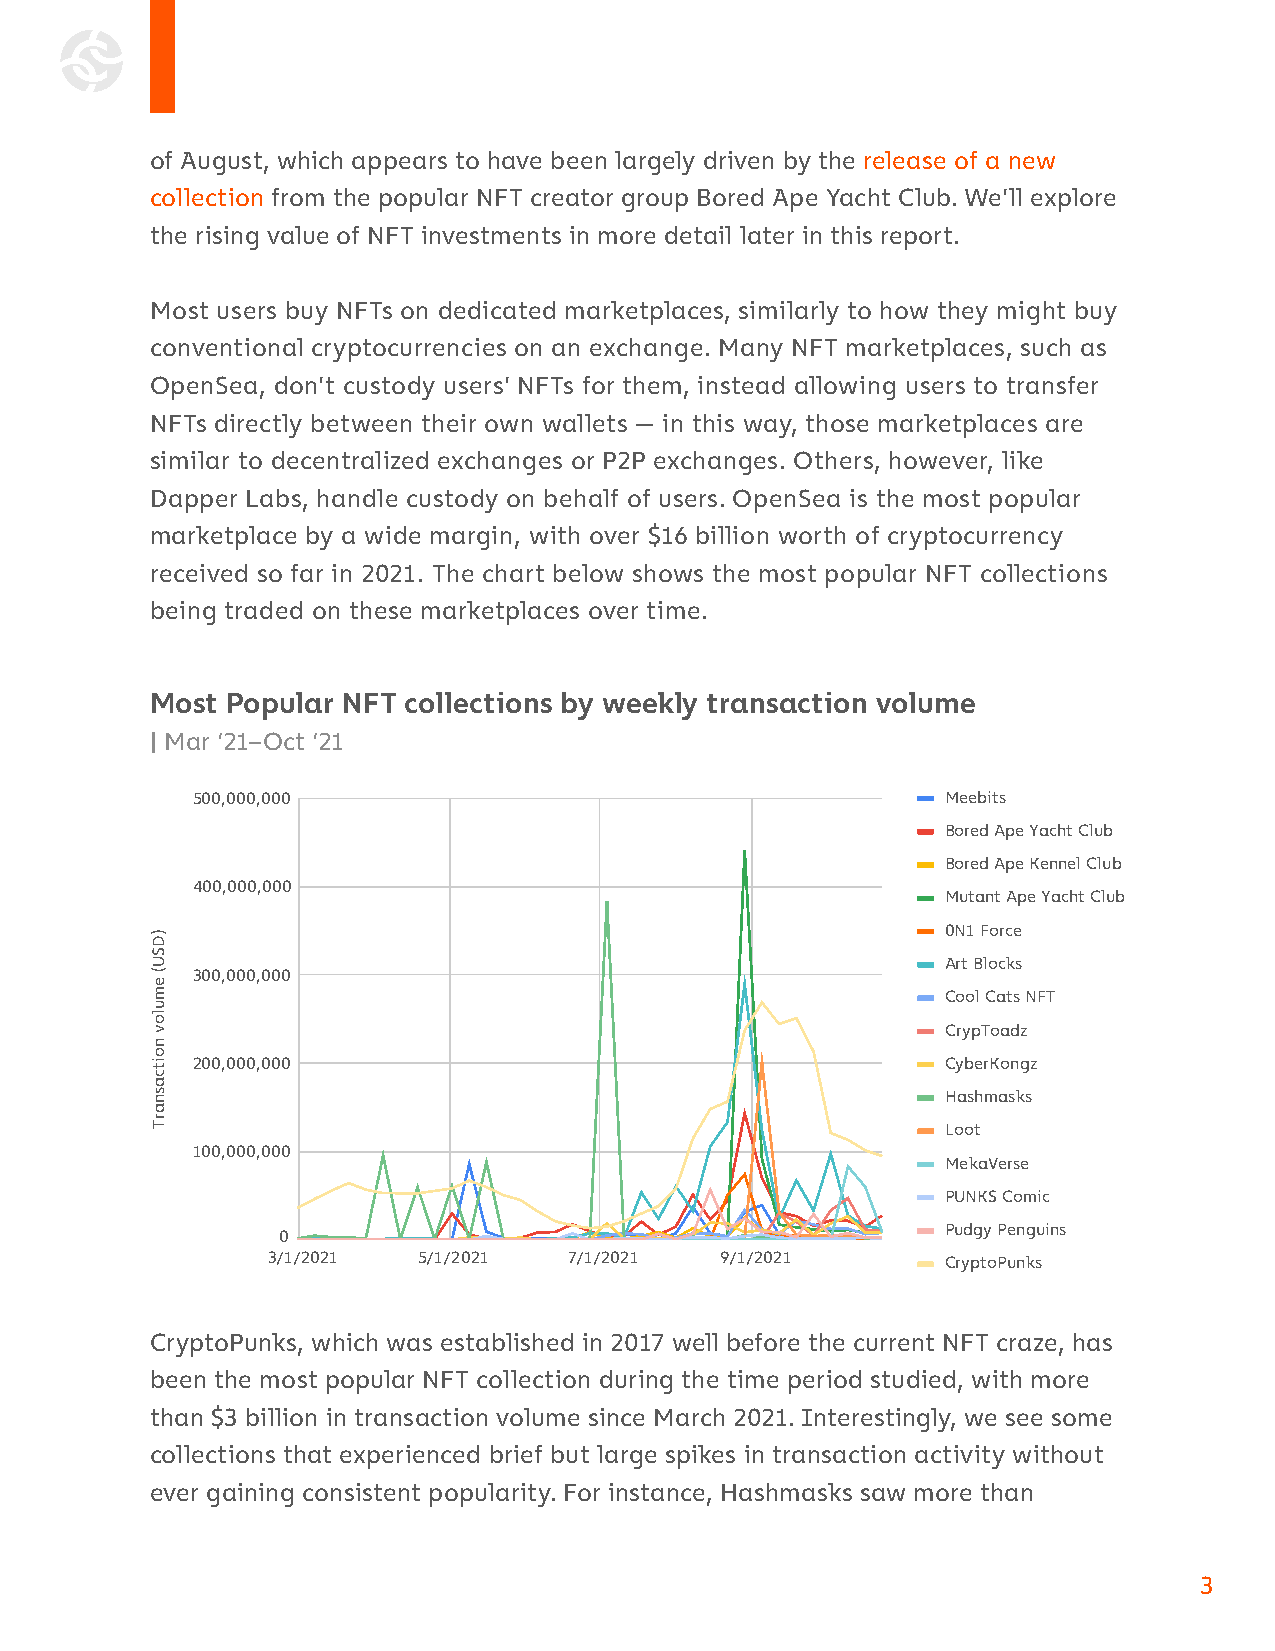
of August, which appears to have been largely driven by the release of a new
 collection from the popular NFT creator group Bored Ape Yacht Club. We’ll explore
 the rising value of NFT investments in more detail later in this report.
 Most users buy NFTs on dedicated marketplaces, similarly to how they might buy
 conventional cryptocurrencies on an exchange. Many NFT marketplaces, such as
 OpenSea, don’t custody users’ NFTs for them, instead allowing users to transfer
 NFTs directly between their own wallets — in this way, those marketplaces are
 similar to decentralized exchanges or P2P exchanges. Others, however, like
 Dapper Labs, handle custody on behalf of users. OpenSea is the most popular
 marketplace by a wide margin, with over $16 billion worth of cryptocurrency
 received so far in 2021. The chart below shows the most popular NFT collections
 being traded on these marketplaces over time.
 Most Popular NFT collections by weekly transaction volume
 | Mar ‘21–Oct ‘21
 500,000,000                                       Meebits
 Bored Ape Yacht Club
 Bored Ape Kennel Club
 400,000,000
 Mutant Ape Yacht Club
 0N1 Force
 Art Blocks
 300,000,000
 Cool Cats NFT
 CrypToadz
 200,000,000                                       CyberKongz
 Hashmasks
 Loot
 100,000,000
 MekaVerse
 PUNKS Comic
 Pudgy Penguins
 0
 3/1/2021  5/1/2021  7/1/2021  9/1/2021       CryptoPunks
 CryptoPunks, which was established in 2017 well before the current NFT craze, has
 been the most popular NFT collection during the time period studied, with more
 than $3 billion in transaction volume since March 2021. Interestingly, we see some
 collections that experienced brief but large spikes in transaction activity without
 ever gaining consistent popularity. For instance, Hashmasks saw more than
 3
 )DSU(
 emulov
 noitcasnarT